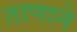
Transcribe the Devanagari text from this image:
ताणाने